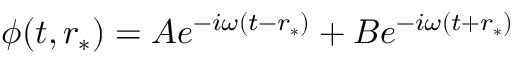
\phi ( t , r _ { * } ) = A e ^ { - i \omega ( t - r _ { * } ) } + B e ^ { - i \omega ( t + r _ { * } ) }